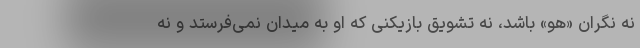
نه نگران «هو» باشد، نه تشویق بازیکنی که او به میدان نمی‌فرستد و نه